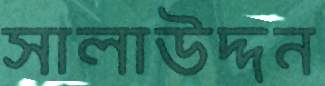
সালাউদ্দন